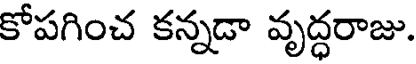
కోపగించ కన్నడా వృద్ధరాజు.